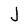
Character: J